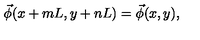
\vec { \phi } ( x + m L , y + n L ) = \vec { \phi } ( x , y ) ,